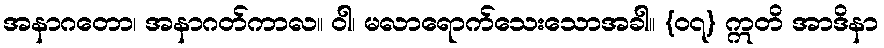
အနာဂတော၊ အနာဂတ်ကာလ။ ဝါ၊ မလာရောက်သေးသောအခါ။ {၀၇} ဣတိ အာဒိနာ